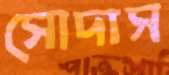
সোদাস